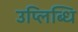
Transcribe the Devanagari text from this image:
उप्लिब्धि